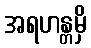
အရဟန္တမှိ